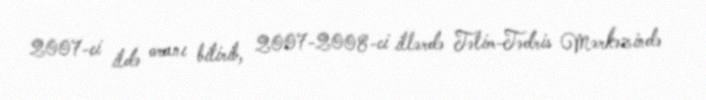
2007-ci ildə oranı bitirib, 2007-2008-ci illərdə Təlim-Tədris Mərkəzində